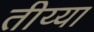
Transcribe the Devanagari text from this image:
तीय्या